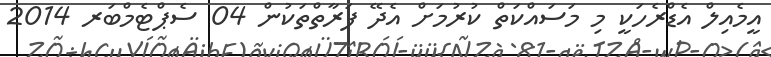
އީމެއިލް އެޑްރެހަކީ މި މަސައްކަތް ކުރުމަށް އެދޭ ފަރާތްތަކުން 04 ސެޕްޓެމްބަރ 2014